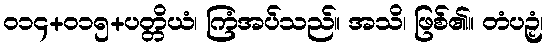
၀၁၄+၀၁၅+ပတ္တိယံ၊ ကြံအပ်သည်။ အသိ၊ ဖြစ်၏။ တံပဉှံ၊